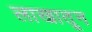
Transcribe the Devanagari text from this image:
लाखातून